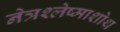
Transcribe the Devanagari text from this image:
नेत्रश्लेष्माशोथ